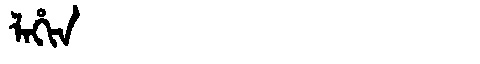
Manchu: ᠯᠠᡥᡳᠨ
Romanization: LAHIN